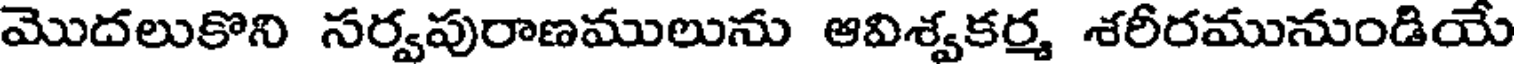
మొదలుకొని సర్వపురాణములును ఆవిశ్వకర్మ శరీరమునుండియే